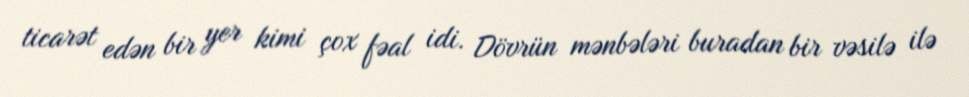
ticarət edən bir yer kimi çox fəal idi. Dövrün mənbələri buradan bir vəsilə ilə